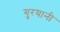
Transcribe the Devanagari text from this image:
गुरयानी